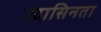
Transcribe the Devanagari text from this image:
उदासिनता